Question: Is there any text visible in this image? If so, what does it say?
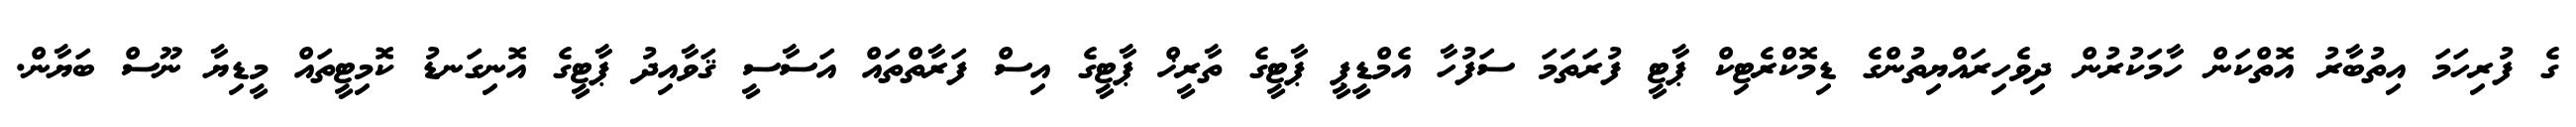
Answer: ގެ ފުރިހަމަ އިތުބާރު އޮތްކަން ހާމަކުރުން ދިވެހިރައްޔިތުންގެ ޑިމޮކްރެޓިކް ޕާޓީ ފުރަތަމަ ސަފުހާ އެމްޑީޕީ ޕާޓީގެ ތާރީޚް ޕާޓީގެ އިސް ފަރާތްތައް އަސާސީ ޤަވާއިދު ޕާޓީގެ އޮނިގަނޑު ކޮމިޓީތައް މީޑިޔާ ނޫސް ބަޔާން.